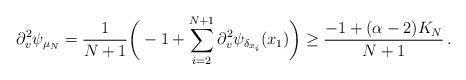
LaTeX: \begin{align*}\partial^2_v \psi_{\mu_N} = \frac 1{N+1}\bigg(-1 + \sum_{i=2}^{N+1} \partial^2_v \psi_{\delta_{x_i}}(x_1)\bigg) \geq \frac{-1+(\alpha-2)K_N}{N+1}\,.\end{align*}